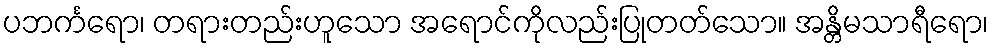
ပဘင်္ကရော၊ တရားတည်းဟူသော အရောင်ကိုလည်းပြုတတ်သော။ အန္တိမသာရီရော၊